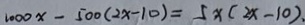
1 0 0 0 x - 5 0 0 ( 2 x - 1 0 ) = 5 x ( 2 x - 1 0 ) .